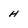
Character: H